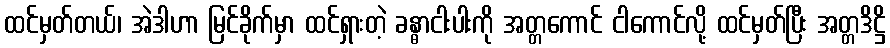
ထင်မှတ်တယ်၊ အဲဒါဟာ မြင်ခိုက်မှာ ထင်ရှားတဲ့ ခန္ဓာငါးပါးကို အတ္တကောင် ငါကောင်လို့ ထင်မှတ်ပြီး အတ္တဒိဋ္ဌိ